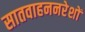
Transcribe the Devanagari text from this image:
सातवाहननरेशों